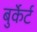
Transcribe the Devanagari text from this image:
बुर्केर्ट